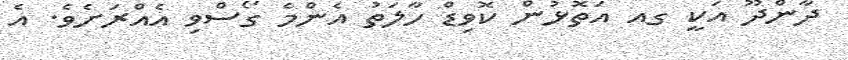
ދާންދޫ އަކީ ގއ އަތޮޅުން ކޮވިޑް ހާލަތު އެންމެ ގޯސްވި އެއްރަށެވެ. އެ